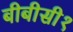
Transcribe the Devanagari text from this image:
बीबीसी१